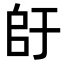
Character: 𫡚